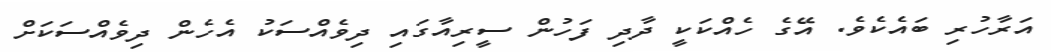
އަރާހުރި ބައެކެވެ. އޭގެ ހެއްކަކީ ދާދި ފަހުން ސީރިއާގައި ދިވެއްސަކު އެހެން ދިވެއްސަކަށް